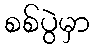
စစ်ပွဲမှာ